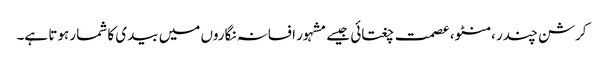
کرشن چندر ،منٹو، عصمت چغتائی جیسے مشہور افسانہ نگاروں میں بیدی کا شمار ہوتا ہے۔